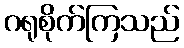
ဂရုစိုက်ကြသည်